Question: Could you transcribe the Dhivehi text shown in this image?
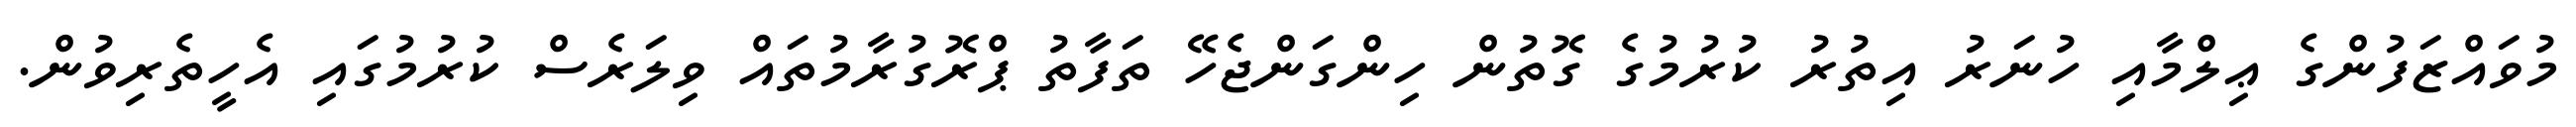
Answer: މުވައްޒަފުންގެ ޢިލްމާއި ހުނަރު އިތުރު ކުރުމުގެ ގޮތުން ހިންގަންޖެހޭ ތަފާތު ޕްރޮގުރާމުތައް ވިލަރެސް ކުރުމުގައި އެހީތެރިވުން.